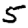
Digit: 5